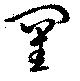
罣